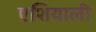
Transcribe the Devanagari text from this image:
एशियाली